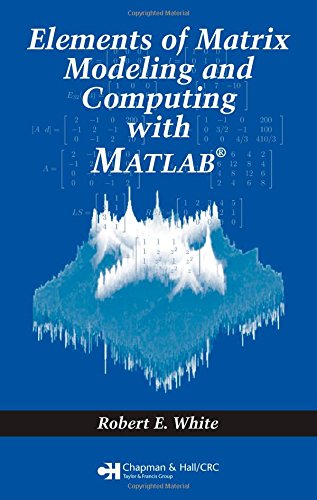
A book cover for Elements of Matrix Modeling and Computing with MATLAB; Robert E. White; Science & Math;